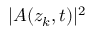
| A ( z _ { k } , t ) | ^ { 2 }